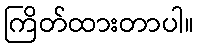
ကြိတ်ထားတာပါ။